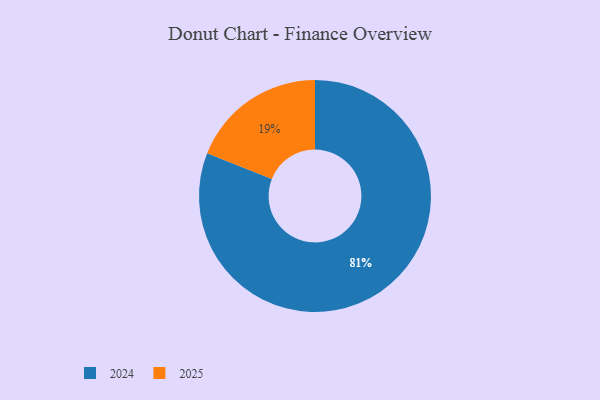
{"axis": {"x": "Category", "y": "Percentage"}, "legend": ["2024", "2025"], "data": [{"x": "2024", "y": 81, "type": "2024"}, {"x": "2025", "y": 19, "type": "2025"}]}